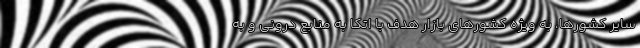
سایر کشورها، به ویژه کشور‌های بازار هدف با اتکا به منابع درونی و به